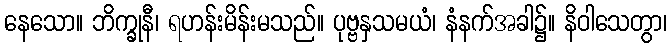
နေသော။ ဘိက္ခုနီ၊ ရဟန်းမိန်းမသည်။ ပုဗ္ဗနှသမယံ၊ နံနက်အခါ၌။ နိဝါသေတွာ၊